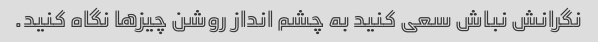
نگرانش نباش سعی کنید به چشم انداز روشن چیزها نگاه کنید.